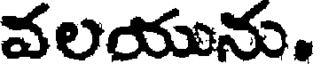
వలయును.